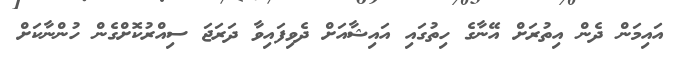
އައިމަން ދެން އިތުރަށް އޭނާގެ ހިތުގައި އައިޝާއަށް ދެވިފައިވާ ދަރަޖަ ސިއްރުކޮށްގެން ހުންނާކަށް